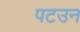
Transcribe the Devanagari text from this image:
पटउन